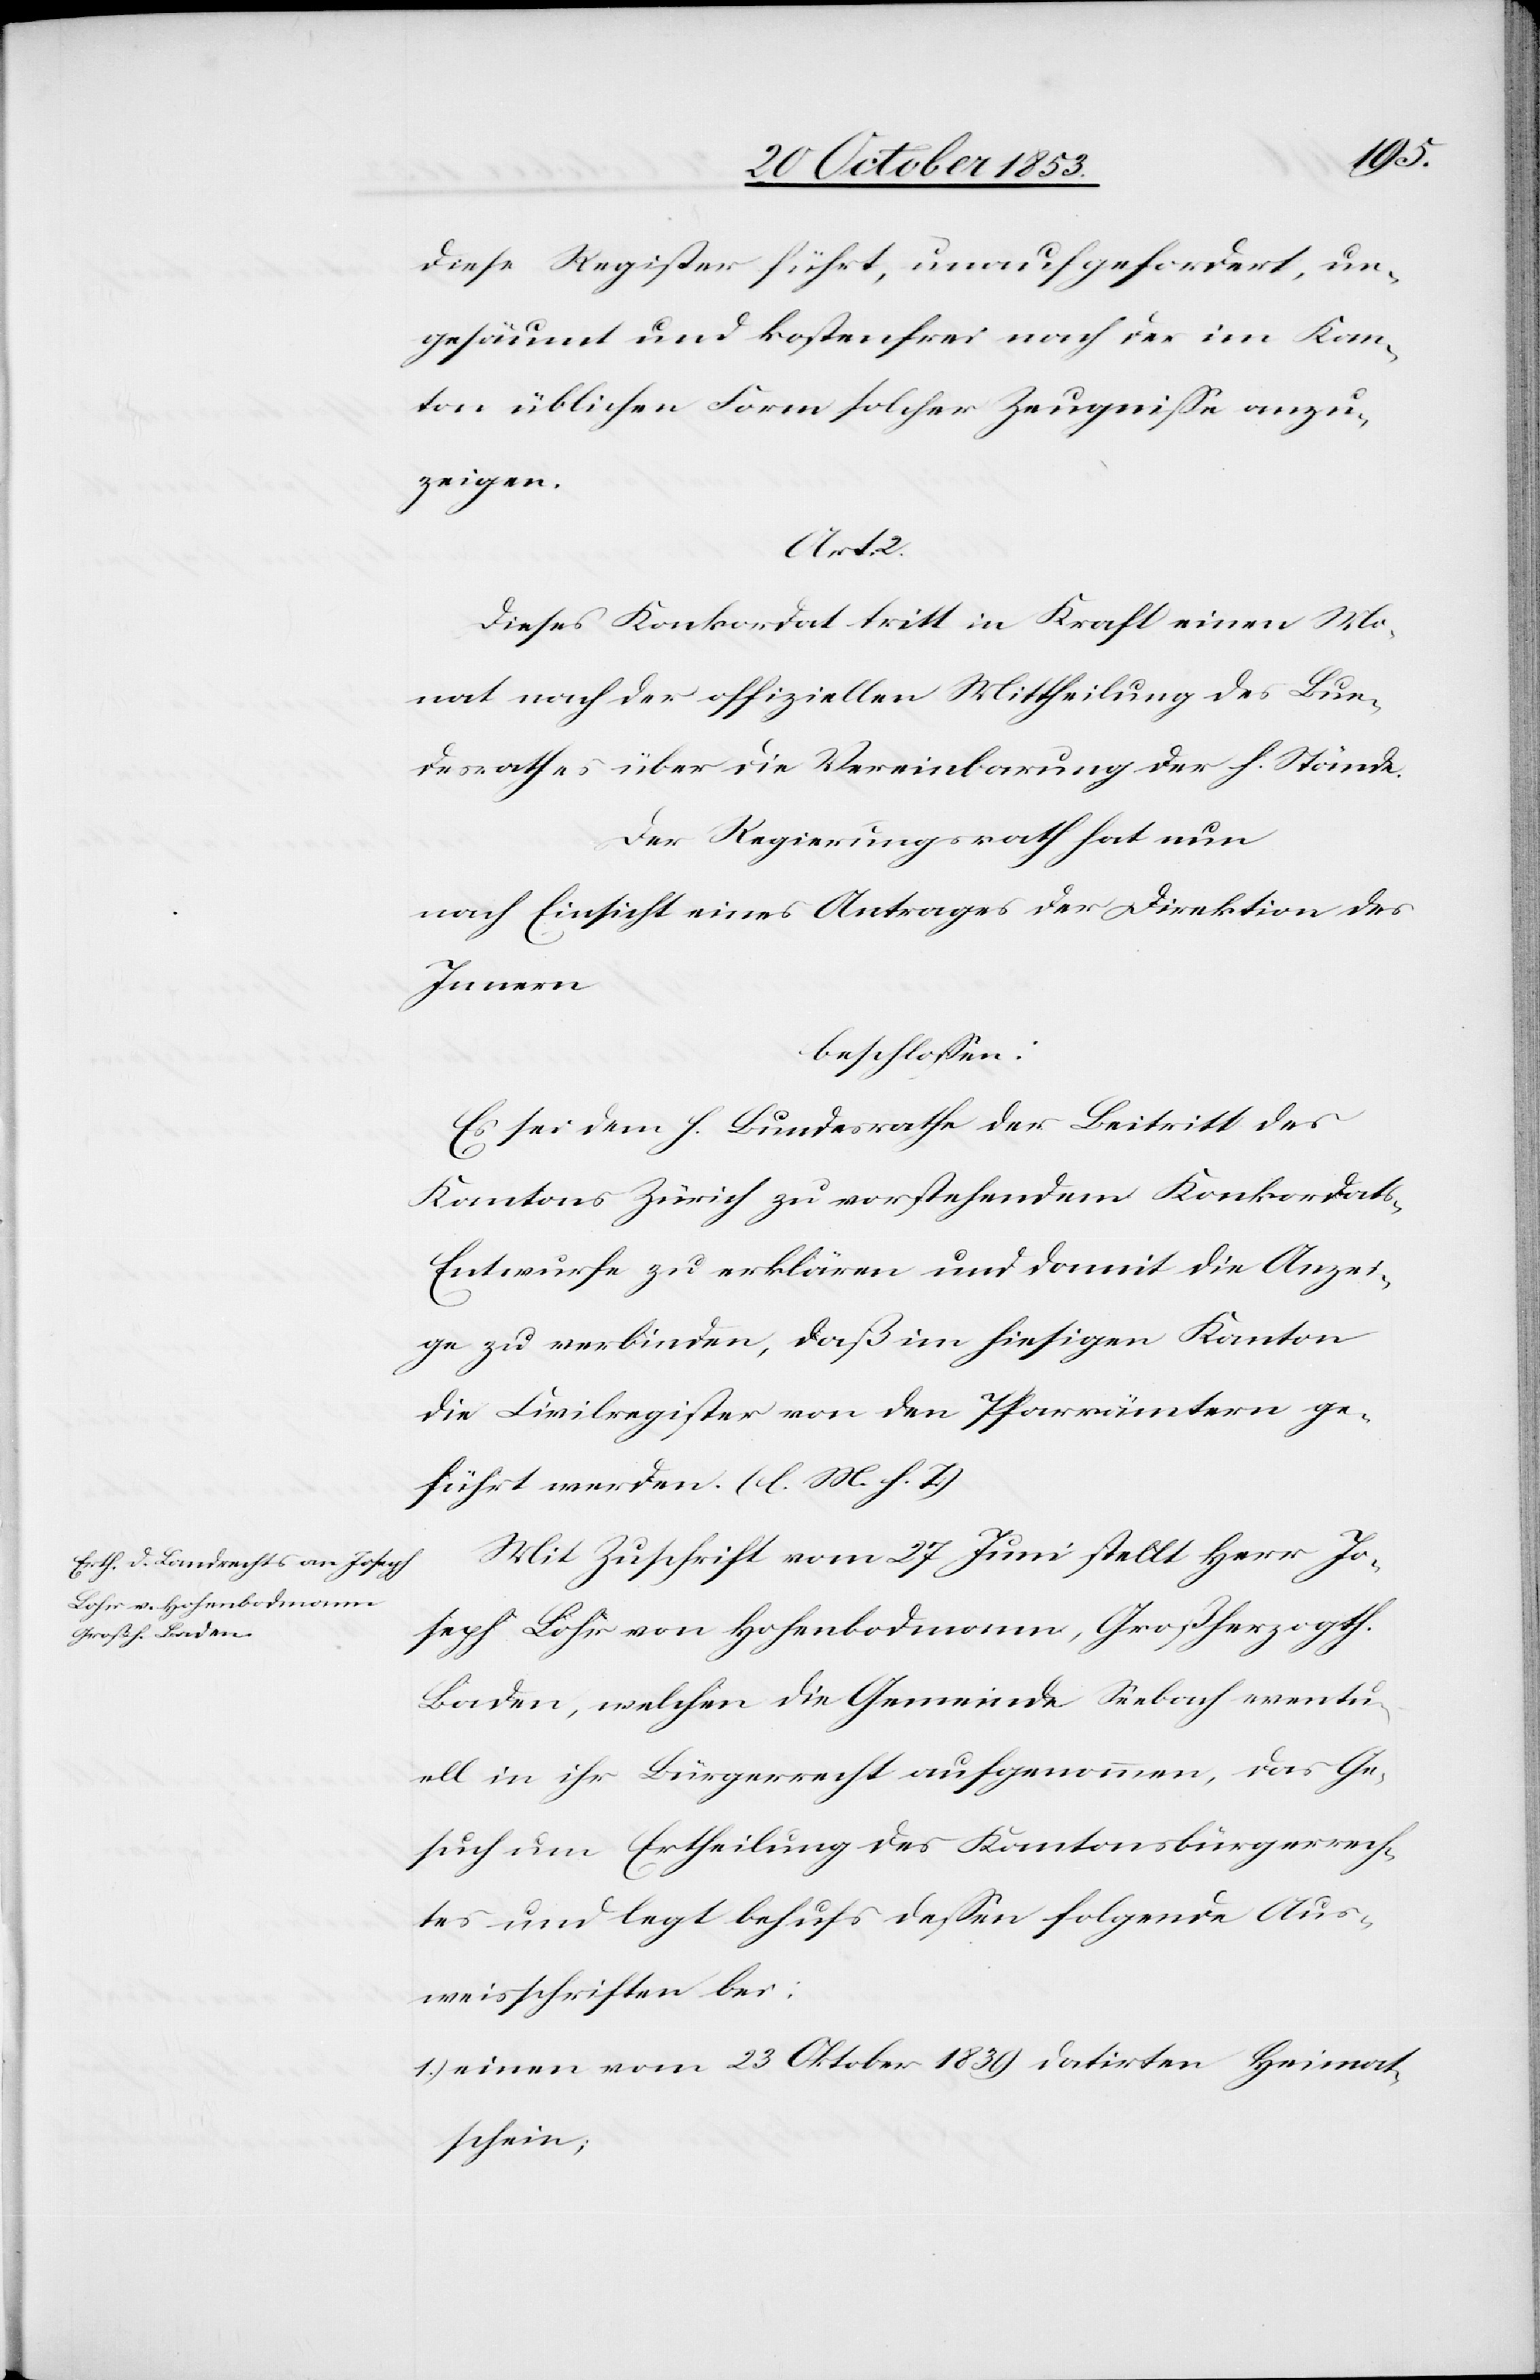
diese Register führt, unaufgefordert, un¬
gesäumt und kostenfrei nach der im Kan¬
ton üblichen Form solcher Zeugniße anzu¬
zeigen.
Art.
Dieses Konkordat tritt in Kraft einen Mo¬
nat nach der offiziellen Mittheilung des Bun¬
desrathes über die Vereinbarung der h. Stände.
Der Regierungsrath hat nun
nach Einsicht eines Antrages der Direktion des
Innern
beschloßen:
Es sei dem h. Bundesrathe der Beitritt des
Kantons Zürich zu vorstehendem Konkordat¬
s-Entwurfe zu erklären und damit die Anzei¬
ge zu verbinden, daß im hiesigen Kanton
die Civilregister von den Pfarrämtern ge¬
führt werden. [l. M. h. T]
Mit Zuschrift vom 27 Juni stellt Herr Jo¬
seph Bohr von Hosenbodmann, Großherzogth.
Baden, welchen die Gemeinde Seebach eventu¬
ell in ihr Bürgerrecht aufgenommen, das Ge¬
such um Ertheilung des Kantonsbürgerrech¬
tes und legt behufs deßen folgende Aus¬
weisschriften bei:
1.) einen vom 23 Oktober 1839 datirten Heimats¬
schein;